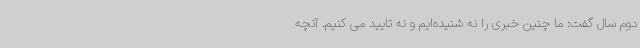
دوم سال گفت: ما چنین خبری را نه شنیده‌ایم و نه تایید می کنیم. آنچه